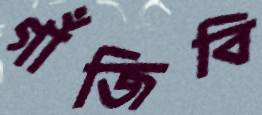
গাঁজিবি